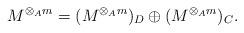
LaTeX: \begin{align*}M^{\otimes_A m} = (M^{\otimes_A m})_D \oplus (M^{\otimes_A m})_C.\end{align*}